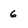
Character: 6